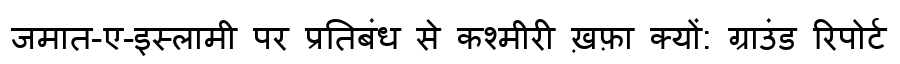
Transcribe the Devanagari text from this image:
जमात-ए-इस्लामी पर प्रतिबंध से कश्मीरी ख़फ़ा क्यों: ग्राउंड रिपोर्ट